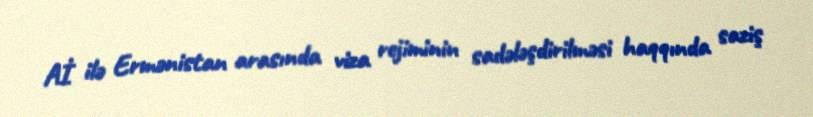
Aİ ilə Ermənistan arasında viza rejiminin sadələşdirilməsi haqqında saziş